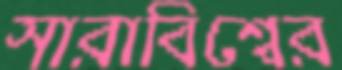
সারাবিশ্বের